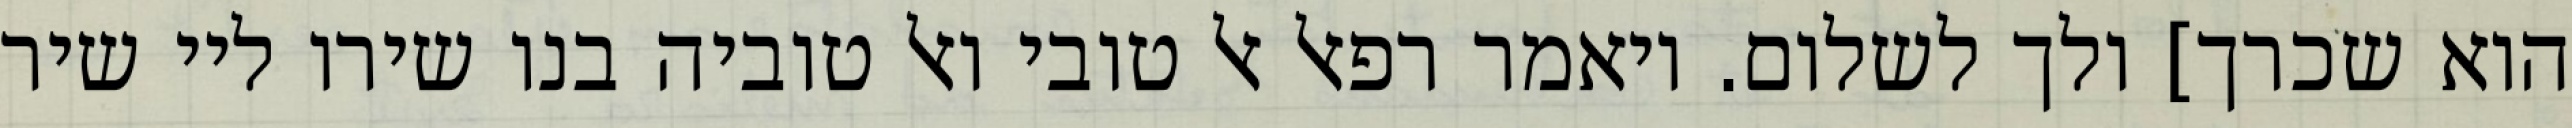
הוא שכרך] ולך לשלום. ויאמר רפאל אל טובי ואל טוביה בנו שירו ליי שיר